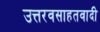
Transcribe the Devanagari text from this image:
उत्तरवसाहतवादी